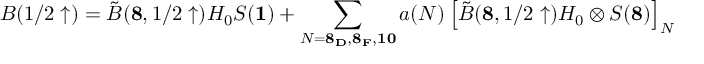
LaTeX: B ( 1 / 2 \uparrow ) = \tilde { B } ( { \bf 8 } , 1 / 2 \uparrow ) H _ { 0 } S ( { \bf 1 } ) + \sum _ { N = { \bf 8 _ { D } , 8 _ { F } , 1 0 } } a ( N ) \left[ \tilde { B } ( { \bf 8 } , 1 / 2 \uparrow ) H _ { 0 } \otimes S ( { \bf 8 } ) \right] _ { N }